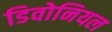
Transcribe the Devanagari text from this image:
डिवोनियल